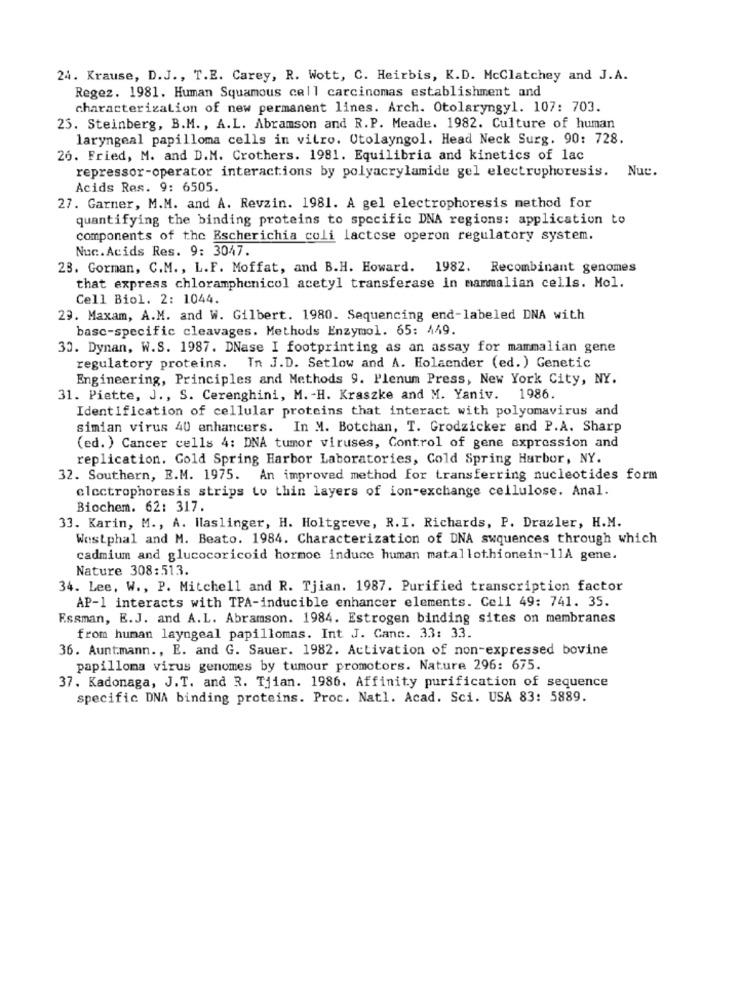
24. Krause, D.J ., T.E. Carey, R. Wott, C. Heirbis, K.D. McClatchey and J.A.
Regez. 1981. Human Squamous cell carcinomas establishment and
characterization of new permanent lines. Arch. Otolaryngyl. 107: 703.
25. Steinberg, B.M ., A.L. Abramson and R.P. Meade. 1982. Culture of human
laryngeal papilloma cells in vitro. Utolayngol. Head Neck Surg. 90: 728.
26. Fried, M. and D.M. Crothers. 1981. Equilibria and kinetics of lac
repressor-operator interactions by polyacrylamide gel electrophoresis. Nue.
Acids Res. 9: 6505.
27. Garner, M.M. and A. Revzin. 1981. A gel electrophoresis method for
quantifying the binding proteins to specific DNA regions: application to
components of the Escherichia coli lactose operon regulatory system.
Nuc.Acids Res. 9: 3047.
23. Gorman, C.M ., L.F. Moffat, and B.H. Howard. 1982. Recombinant genomes
that express chloramphenicol acetyl transferase in mammalian cells. Mol.
Cell Biol. 2: 1044.
29. Maxam, A.M. and W. Gilbert. 1980. Sequencing end-labeled DNA with
basc-specific cleavages. Methods Enzymol. 65: 449.
30. Dynan, W.S. 1987. DNase I footprinting as an assay for mammalian gene
regulatory proteins. In J.D. Setlow and A. Holaender (ed. ) Genetic
Engineering, Principles and Methods 9. Plenum Press, New York City, NY.
31. Piette, J ., S. Cerenghini, M. - H. Kraszke and M. Yaniv. 1986.
Identification of cellular proteins that interact with polyomavirus and
simian virus 40 enhancers. In M. Botchan, T. Grodzicker and P.A. Sharp
(ed. ) Cancer cells 4: DNA tumor viruses, Control of gene expression and
replication. Cold Spring Harbor Laboratories, Cold Spring Harbor, NY.
32. Southern, E.M. 1975. An improved method for transferring nucleotides form
electrophoresis strips Lo thin layers of ion-exchange cellulose. Anal.
Biochem. 62: 317.
33. Karin, M ., A. Haslinger, H. Holtgreve, R.I. Richards, P. Drazler, H.M.
Westphal and M. Beato. 1984. Characterization of DNA swquences through which
cadmium and glucocoricoid hormoe induce human matallothionein-11A gene.
Nature 308:513.
34. Lee, W ., P. Mitchell and R. Tjian. 1987. Purified transcription factor
AP-1 interacts with TPA-inducible enhancer elements. Cell 49: 741. 35.
Essman, E.J. and A.L. Abramson. 1984. Estrogen binding sites on membranes
from human layngeal papillomas. Int J. Canc. 33: 33.
36. Auntmann ., E. and G. Sauer. 1982. Activation of non-expressed bovine
papilloma virus genomes by tumour promotors. Nature 296: 675.
37. Kadonaga, J.T. and R. Tjian. 1986. Affinity purification of sequence
specific DNA binding proteins. Proc. Natl. Acad. Sci. USA 83: 5889.